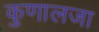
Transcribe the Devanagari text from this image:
कुणालजा